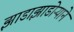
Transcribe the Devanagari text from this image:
झाडाझाडोऱ्याने